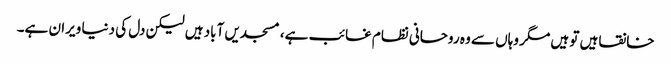
خانقاہیں تو ہیں مگر وہاں سے وہ روحانی نظام غائب ہے، مسجدیں آباد ہیں لیکن دل کی دنیا ویران ہے۔